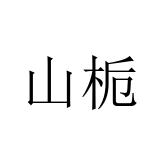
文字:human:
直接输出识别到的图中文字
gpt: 山栀